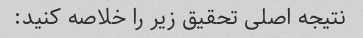
نتیجه اصلی تحقیق زیر را خلاصه کنید: